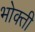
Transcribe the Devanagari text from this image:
भोक्ती